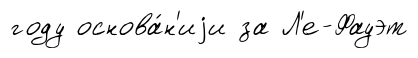
году основа́н'иjи за Л'е-Фауэт